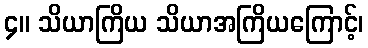
၄။ သိယာကြိယ သိယာအကြိယကြောင့်၊